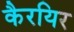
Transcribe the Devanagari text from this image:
कैरयिर